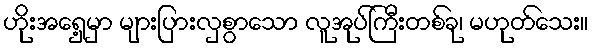
ဟိုးအရှေ့မှာ များပြားလှစွာသော လူအုပ်ကြီးတစ်ခု၊ မဟုတ်သေး။